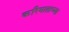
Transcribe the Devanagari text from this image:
करिमाताच्या